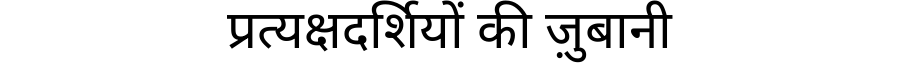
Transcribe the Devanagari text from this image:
प्रत्यक्षदर्शियों की ज़ुबानी